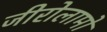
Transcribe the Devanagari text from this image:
जीरोलामो